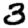
Digit: 3